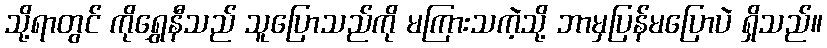
သို့ရာတွင် ကိုရွှေနီသည် သူပြောသည်ကို မကြားသကဲ့သို့ ဘာမှပြန်မပြောပဲ ရှိသည်။